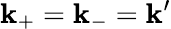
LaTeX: \mathbf{k}_{\mathrm{{+}}}=\mathbf{k}_{\mathrm{{-}}}=\mathbf{k}^{\prime}